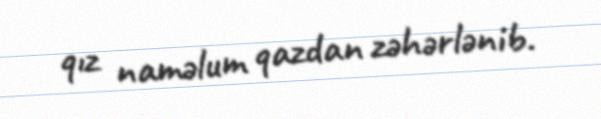
qız naməlum qazdan zəhərlənib.